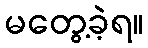
မတွေ့ခဲ့ရ။